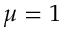
\mu = 1